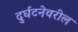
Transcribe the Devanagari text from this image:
दुर्घटनेवरील